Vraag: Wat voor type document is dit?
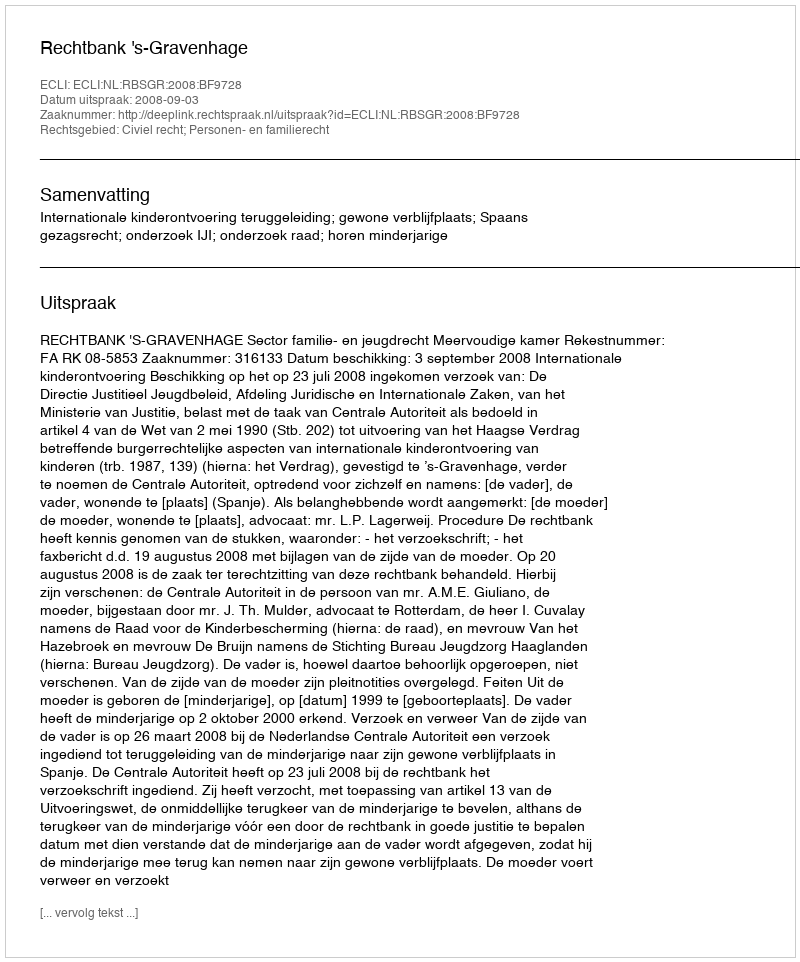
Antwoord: Uitspraak